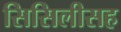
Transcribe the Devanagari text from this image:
सिसिलीसह